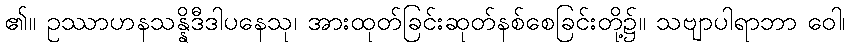
၏။ ဥဿာဟနသန္နိဒီဒါပနေသု၊ အားထုတ်ခြင်းဆုတ်နစ်စေခြင်းတို့၌။ သဗျာပါရာဘာ ဝေါ၊